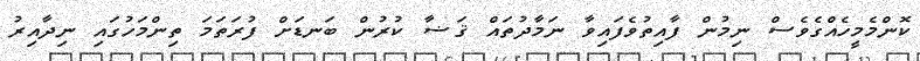
ކޮންމެމީހެއްގެވެސް ނިމުން ފާއިތުވެފައިވާ ނަމާދުތައް ޤަޟާ ކުރުން ބަނޑަށް ފުރަތަމަ ތިންމަހުގައި ނިދާއިރު